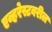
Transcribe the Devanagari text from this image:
एव्हरेस्टवरील